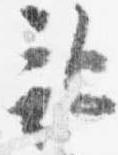
記